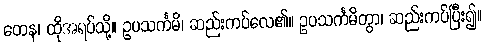
တေန၊ ထိုအရပ်သို့။ ဥပသင်္ကမိ၊ ဆည်းကပ်လေ၏။ ဥပသင်္ကမိတွာ၊ ဆည်းကပ်ပြီး၍။